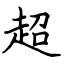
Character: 超